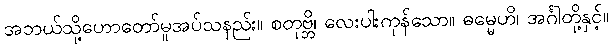
အဘယ်သို့ဟောတော်မူအပ်သနည်း။ စတုဗ္ဘိ၊ လေးပါးကုန်သော။ ဓမ္မေဟိ၊ အင်္ဂါတို့နှင့်။